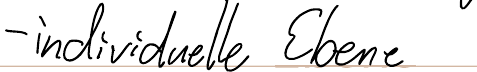
- individuelle Ebene